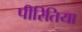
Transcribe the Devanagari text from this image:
पीरितिया